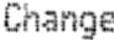
CHANGE